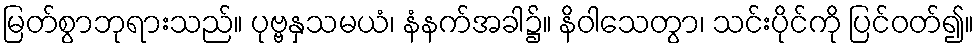
မြတ်စွာဘုရားသည်။ ပုဗ္ဗနှသမယံ၊ နံနက်အခါ၌။ နိဝါသေတွာ၊ သင်းပိုင်ကို ပြင်ဝတ်၍။